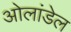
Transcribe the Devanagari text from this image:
ओलांडेल